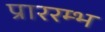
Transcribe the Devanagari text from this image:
प्राररम्भ